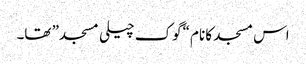
اس مسجد کا نام “گوک چیلی مسجد” تھا۔